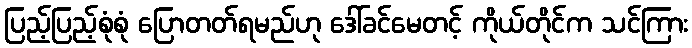
ပြည့်ပြည့်စုံစုံ ပြောတတ်ရမည်ဟု ဒေါ်ခင်မေတင့် ကိုယ်တိုင်က သင်ကြား